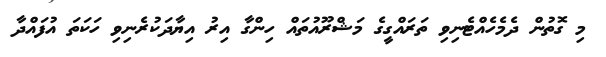
މި ގޮތުން ދެމެހެއްޓެނިވި ތަރައްގީގެ މަޝްރޫއުތައް ހިންގާ އިރު އިޔާދަކުރެނިވި ހަކަތަ އުފައްދާ